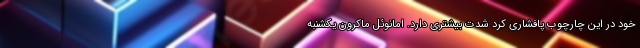
خود در این چارچوب پافشاری کرد شدت بیشتری دارد. امانوئل ماکرون یکشنبه